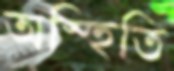
অস্হিতি